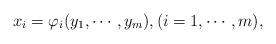
LaTeX: \begin{align*}x_i = \varphi_i(y_1,\cdots ,y_m), (i=1,\cdots ,m), \end{align*}